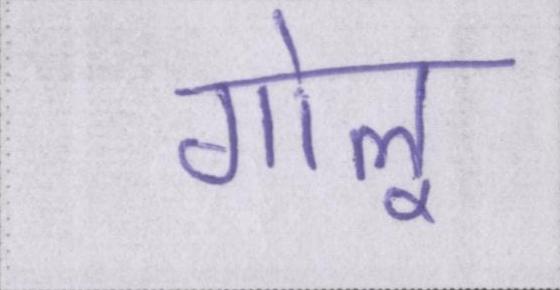
गोलू